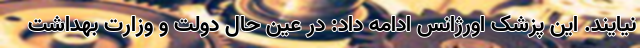
نیایند. این پزشک‌ اورژانس ادامه داد: در عین حال دولت و وزارت بهداشت